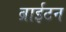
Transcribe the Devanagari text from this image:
ब्राईटन